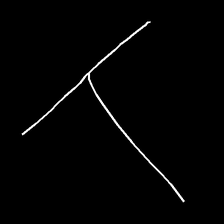
Glyph: column